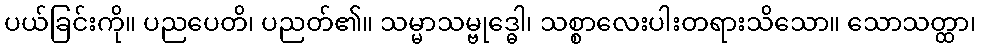
ပယ်ခြင်းကို။ ပညပေတိ၊ ပညတ်၏။ သမ္မာသမ္ဗုဒ္ဓေါ၊ သစ္စာလေးပါးတရားသိသော။ သောသတ္ထာ၊